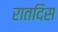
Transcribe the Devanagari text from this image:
रातदिस